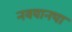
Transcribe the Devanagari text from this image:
नवयानचा